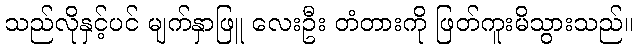
သည်လိုနှင့်ပင် မျက်နှာဖြူ လေးဦး တံတားကို ဖြတ်ကူးမိသွားသည်။